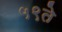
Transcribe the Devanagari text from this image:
५९ते